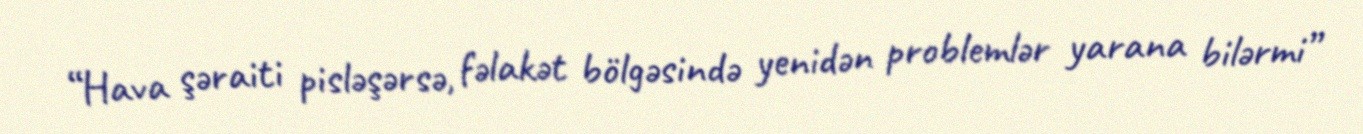
“Hava şəraiti pisləşərsə, fəlakət bölgəsində yenidən problemlər yarana bilərmi”